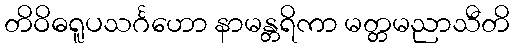
တိဝိဓရူပသင်္ဂဟော နာမန္တရိကာ မတ္တမညာသီတိ